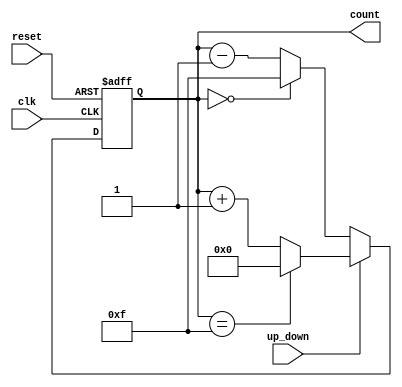
module multi_bit_counter (
    input wire clk,           // Clock signal
    input wire reset,         // Asynchronous reset signal
    input wire up_down,       // Control signal for counting direction (1 for up, 0 for down)
    output reg [3:0] count    // 4-bit output count
);

// Asynchronous reset and counting logic
always @(posedge clk or posedge reset) begin
    if (reset) begin
        count <= 4'b0000;    // Reset count to 0
    end else begin
        if (up_down) begin
            // Count up
            if (count == 4'b1111) begin
                count <= 4'b0000; // Wrap around to 0
            end else begin
                count <= count + 1; // Increment count
            end
        end else begin
            // Count down
            if (count == 4'b0000) begin
                count <= 4'b1111; // Wrap around to 15
            end else begin
                count <= count - 1; // Decrement count
            end
        end
    end
end

endmodule